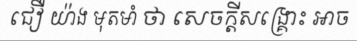
ជឿ យ៉ាង មុតមាំ ថា សេចក្តីសង្គ្រោះ អាច